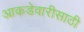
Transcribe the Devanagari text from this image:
आकडेवारीसाठी